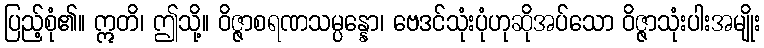
ပြည့်စုံ၏။ ဣတိ၊ ဤသို့။ ဝိဇ္ဇာစရဏသမ္ပန္နော၊ ဗေဒင်သုံးပုံဟုဆိုအပ်သော ဝိဇ္ဇာသုံးပါးအမျိုး